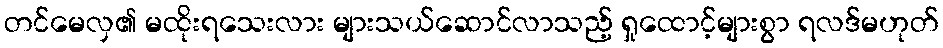
တင်မေလှ၏ မထိုးရသေးလား များသယ်ဆောင်လာသည့် ရှုထောင့်များစွာ ရလဒ်မဟုတ်